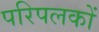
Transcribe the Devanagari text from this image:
परिपलकों